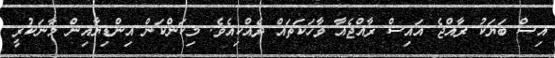
އިސް ބަޔަކު ރާއްޖެ އައިސް ރާއްޖެއާ ވާހަކަތައް ދެއްކިއެވެ. މިކަންކަން އިންޑިޔާއިން މާނަކުރީ